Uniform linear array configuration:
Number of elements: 4
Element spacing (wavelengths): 0.75
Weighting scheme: binomial
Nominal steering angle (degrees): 60
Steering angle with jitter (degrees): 58.515
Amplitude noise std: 0.05
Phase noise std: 0.05

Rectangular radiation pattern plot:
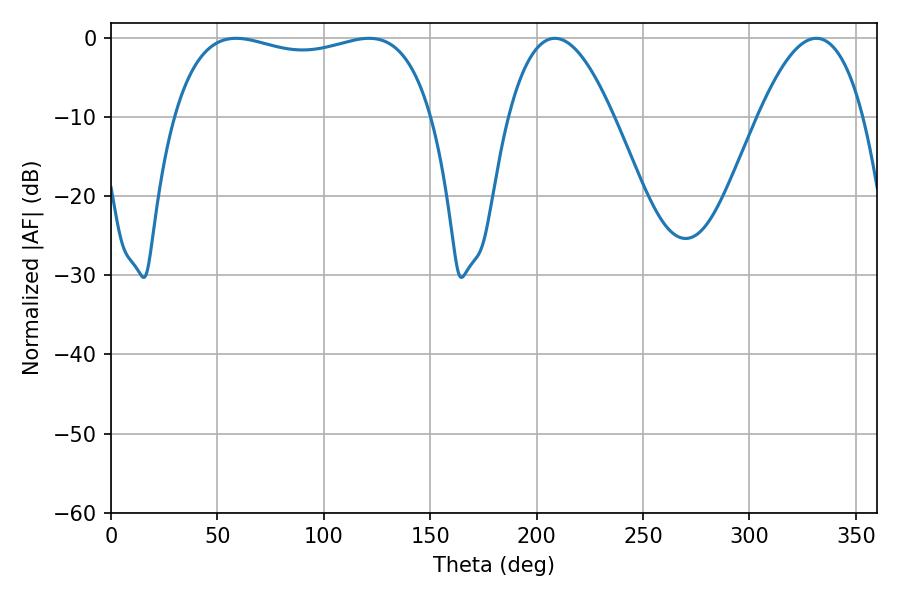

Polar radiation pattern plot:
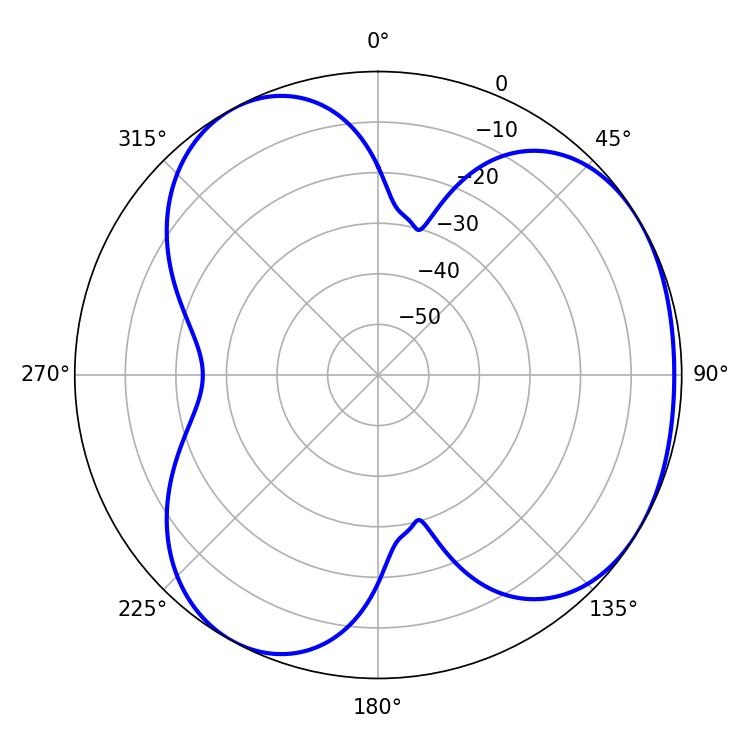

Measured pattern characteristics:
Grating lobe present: TRUE
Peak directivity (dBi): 3.806
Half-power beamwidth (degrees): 27.18
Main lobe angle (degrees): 208.62